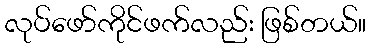
လုပ်ဖော်ကိုင်ဖက်လည်း ဖြစ်တယ်။